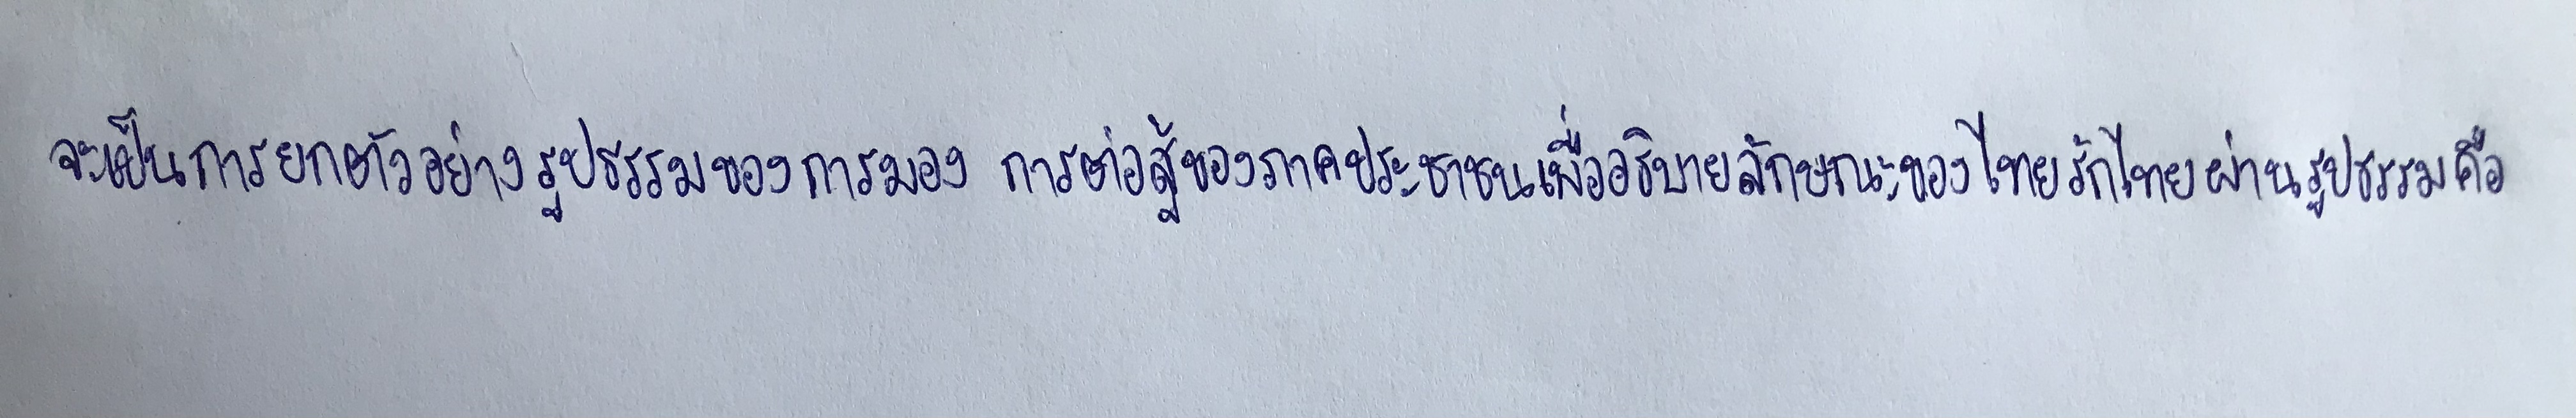
จะเป็นการยกตัวอย่างรูปธรรมของการมองการต่อสู้ของภาคประชาชนเพื่ออธิบายลักษณะของไทยรักไทยผ่านรูปธรรมคือ